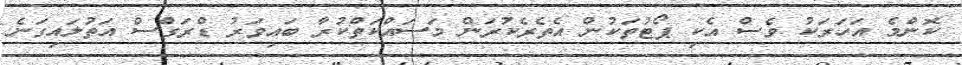
ކޮންމެ އަހަރަކު ވެސް އެކި ޕޯޓުތަކުން އެތެރެކުރަން މަސައްކަތްކުރާ ބައިވަރު ޑްރަގްސް އަތުލައިގަނެ